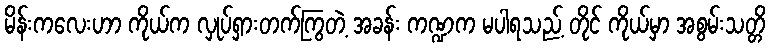
မိန်းကလေးဟာ ကိုယ်က လှုပ်ရှားတက်ကြွတဲ့ အခန်း ကဏ္ဍက မပါရသည့် တိုင် ကိုယ်မှာ အစွမ်းသတ္တိ